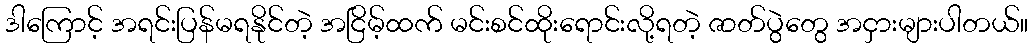
ဒါကြောင့် အရင်းပြန်မရနိုင်တဲ့ အငြိမ့်ထက် မင်းစင်ထိုးရောင်းလို့ရတဲ့ ဇာတ်ပွဲတွေ အငှားများပါတယ်။